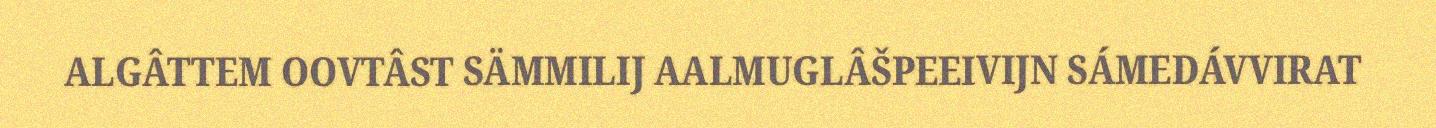
ALGÂTTEM OOVTÂST SÄMMILIJ AALMUGLÂŠPEEIVIJN SÁMEDÁVVIRAT